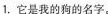
1，它是我的狗的名字。